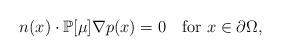
LaTeX: \begin{align*} n(x) \cdot \mathbb{P}[\mu]\nabla p(x) = 0\quad\mbox{for } x\in\partial\Omega,\end{align*}